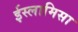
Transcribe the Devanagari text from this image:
ईस्लामिसा